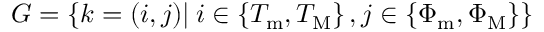
G = \left\lbrace k = ( i , j ) | \: i \in \left\lbrace T _ { \mathrm { m } } , T _ { \mathrm { M } } \right\rbrace , j \in \left\lbrace \Phi _ { \mathrm { m } } , \Phi _ { \mathrm { M } } \right\rbrace \right\rbrace